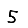
Digit: 5